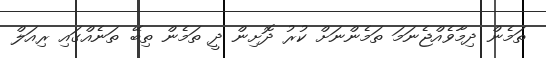
ތަމެން ދިމާވެއްޖެނަމަ ތަމެންނަށް ކުރު ދޮށިން ދީ ތަމެން ތިބޭ ތަނެއްގައި ރިއަލް